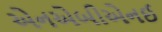
એનએબીએનઈ